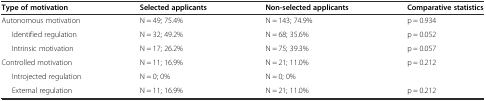
<table><thead><tr><td><b>Type of motivation</b></td><td><b>Selected applicants</b></td><td><b>Non-selected applicants</b></td><td><b>Comparative statistics</b></td></tr></thead><tbody><tr><td>Autonomous motivation</td><td>N = 49; 75.4%</td><td>N = 143; 74.9%</td><td>p = 0.934</td></tr><tr><td>Identified regulation</td><td>N = 32; 49.2%</td><td>N = 68; 35.6%</td><td>p = 0.052</td></tr><tr><td>Intrinsic motivation</td><td>N = 17; 26.2%</td><td>N = 75; 39.3%</td><td>p = 0.057</td></tr><tr><td>Controlled motivation</td><td>N = 11; 16.9%</td><td>N = 21; 11.0%</td><td>p = 0.212</td></tr><tr><td>Introjected regulation</td><td>N = 0; 0%</td><td>N = 0; 0%</td><td></td></tr><tr><td>External regulation</td><td>N = 11; 16.9%</td><td>N = 21; 11.0%</td><td>p = 0.212</td></tr></tbody></table>